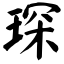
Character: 琛